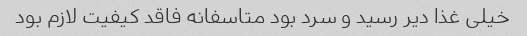
خیلی غذا دیر رسید و سرد بود متاسفانه فاقد کیفیت لازم بود